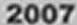
2007